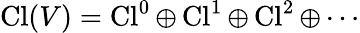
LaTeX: \operatorname{Cl}(V)=\operatorname{Cl}^{0}\oplus\operatorname{Cl}^{1}\oplus\operatorname{Cl}^{2}\oplus\cdots